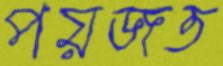
পয়জত